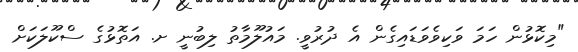
"މިކޮޅުން ހަމަ ވަކިވެވަޑައިގެން އެ ދުރުވީ. މައުލޫމާތު ލިބުނީ ށ. އަތޮޅުގެ ސްކޫލަކަށް